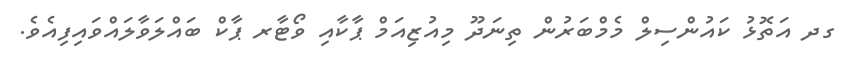
ގދ އަތޮޅު ކައުންސިލް މެމްބަރުން ތިނަދޫ މިއުޒިއަމް ޕާކާއި ވޯޓާރ ޕާކް ބައްލަވާލައްވައިފިއެވެ.